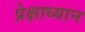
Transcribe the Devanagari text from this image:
प्रेक्षाध्यान